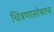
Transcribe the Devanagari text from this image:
चित्रणासोबतच